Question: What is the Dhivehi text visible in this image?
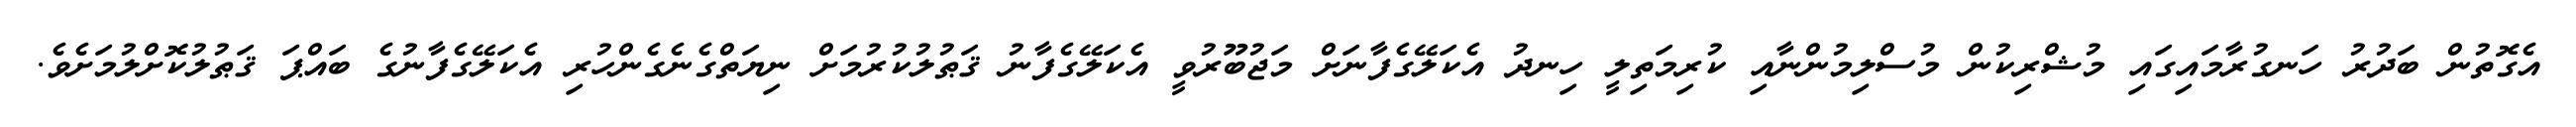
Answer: އެގޮތުން ބަދުރު ހަނގުރާމައިގައި މުޝްރިކުން މުސްލިމުންނާއި ކުރިމަތިލީ ހިނދު އެކަލޭގެފާނަށް މަޖުބޫރުވީ އެކަލޭގެފާނު ޤަޠުލުކުރުމަށް ނިޔަތްގެނެގެންހުރި އެކަލޭގެފާނުގެ ބައްޕަ ޤަޠުލުކޮށްލުމަށެވެ.